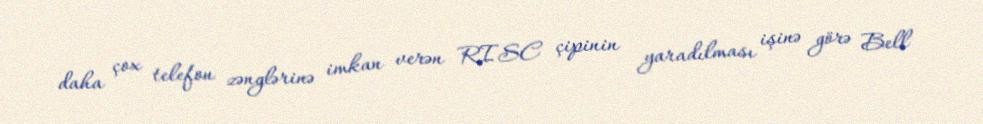
daha çox telefon zənglərinə imkan verən RISC çipinin yaradılması işinə görə Bell